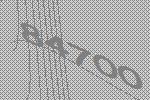
84700